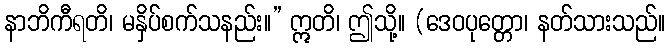
နာဘိကီရတိ၊ မနှိပ်စက်သနည်း။” ဣတိ၊ ဤသို့။ (ဒေဝပုတ္တော၊ နတ်သားသည်။